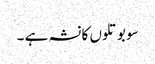
سو بوتلوں کا نشہ ہے ۔